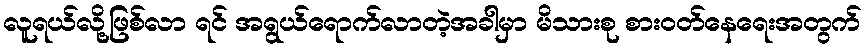
လူရယ်လို့ဖြစ်လာ ရင် အရွယ်ရောက်လာတဲ့အခါမှာ မိသားစု စားဝတ်နေရေးအတွက်